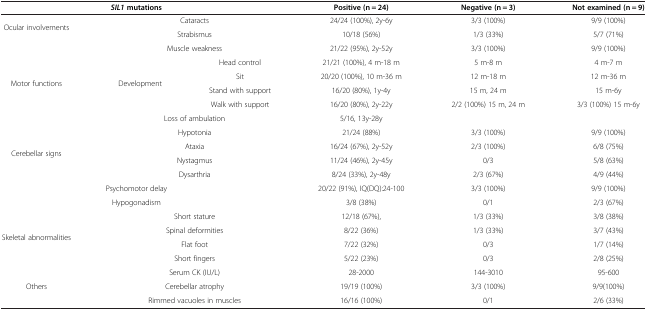
<table><thead><tr><td colspan="3"><b><i>SIL1 </i>mutations</b></td><td><b>Positive (n = 24)</b></td><td><b>Negative (n = 3)</b></td><td><b>Not examined (n = 9)</b></td></tr></thead><tbody><tr><td rowspan="2">Ocular involvements</td><td colspan="2">Cataracts</td><td>24/24 (100%), 2y-6y</td><td>3/3 (100%)</td><td>9/9 (100%)</td></tr><tr><td colspan="2">Strabismus</td><td>10/18 (56%)</td><td>1/3 (33%)</td><td>5/7 (71%)</td></tr><tr><td rowspan="6">Motor functions</td><td colspan="2">Muscle weakness</td><td>21/22 (95%), 2y-52y</td><td>3/3 (100%)</td><td>9/9 (100%)</td></tr><tr><td rowspan="4">Development</td><td>Head control</td><td>21/21 (100%), 4 m-18 m</td><td>5 m-8 m</td><td>4 m-7 m</td></tr><tr><td>Sit</td><td>20/20 (100%), 10 m-36 m</td><td>12 m-18 m</td><td>12 m-36 m</td></tr><tr><td>Stand with support</td><td>16/20 (80%), 1y-4y</td><td>15 m, 24 m</td><td>15 m-6y</td></tr><tr><td>Walk with support</td><td>16/20 (80%), 2y-22y</td><td>2/2 (100%) 15 m, 24 m</td><td>3/3 (100%) 15 m-6y</td></tr><tr><td colspan="2">Loss of ambulation</td><td>5/16, 13y-28y</td><td> </td><td> </td></tr><tr><td rowspan="4">Cerebellar signs</td><td colspan="2">Hypotonia</td><td>21/24 (88%)</td><td>3/3 (100%)</td><td>9/9 (100%)</td></tr><tr><td colspan="2">Ataxia</td><td>16/24 (67%), 2y-52y</td><td>2/3 (100%)</td><td>6/8 (75%)</td></tr><tr><td colspan="2">Nystagmus</td><td>11/24 (46%), 2y-45y</td><td>0/3</td><td>5/8 (63%)</td></tr><tr><td colspan="2">Dysarthria</td><td>8/24 (33%), 2y-48y</td><td>2/3 (67%)</td><td>4/9 (44%)</td></tr><tr><td colspan="3">Psychomotor delay</td><td>20/22 (91%), IQ(DQ):24-100</td><td>3/3 (100%)</td><td>9/9 (100%)</td></tr><tr><td colspan="3">Hypogonadism</td><td>3/8 (38%)</td><td>0/1</td><td>2/3 (67%)</td></tr><tr><td rowspan="4">Skeletal abnormalities</td><td colspan="2">Short stature</td><td>12/18 (67%),</td><td>1/3 (33%)</td><td>3/8 (38%)</td></tr><tr><td colspan="2">Spinal deformities</td><td>8/22 (36%)</td><td>1/3 (33%)</td><td>3/7 (43%)</td></tr><tr><td colspan="2">Flat foot</td><td>7/22 (32%)</td><td>0/3</td><td>1/7 (14%)</td></tr><tr><td colspan="2">Short fingers</td><td>5/22 (23%)</td><td>0/3</td><td>2/8 (25%)</td></tr><tr><td rowspan="3">Others</td><td colspan="2">Serum CK (IU/L)</td><td>28-2000</td><td>144-3010</td><td>95-600</td></tr><tr><td colspan="2">Cerebellar atrophy</td><td>19/19 (100%)</td><td>3/3 (100%)</td><td>9/9(100%)</td></tr><tr><td colspan="2">Rimmed vacuoles in muscles</td><td>16/16 (100%)</td><td>0/1</td><td>2/6 (33%)</td></tr></tbody></table>